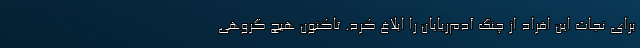
برای نجات این افراد از چنگ آدم‌ربایان را ابلاغ کرد. تاکنون هیچ‌ گروهی